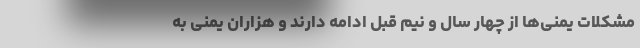
مشکلات یمنی‌ها از چهار سال و نیم قبل ادامه دارند و هزاران یمنی به